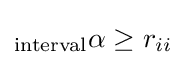
{_{\text{interval}}\alpha }\geq r_{ii}